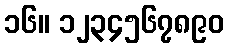
၁၆။ ၁၂၃၄၅၆၇၈၉၀